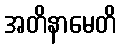
အတိနာမေတိ